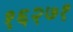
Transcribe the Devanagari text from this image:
१६२७१